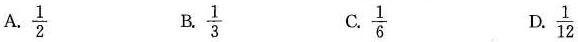
A.\frac{1}{2} B.\frac{1}{3} C.\frac{1}{6} D.\frac{1}{12}